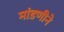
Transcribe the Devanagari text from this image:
मांडणीने